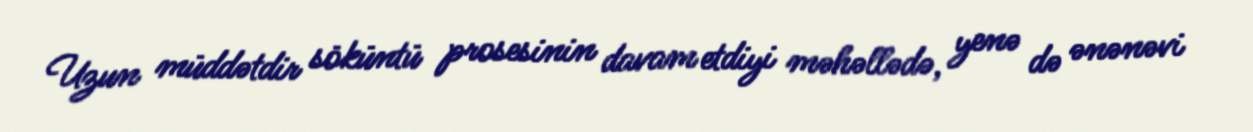
Uzun müddətdir söküntü prosesinin davam etdiyi məhəllədə, yenə də ənənəvi